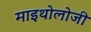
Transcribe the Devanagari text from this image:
माइथोलोजी